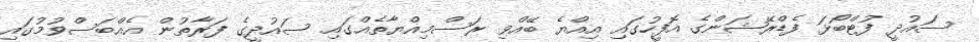
ސައުދީ ފުޓްބޯޅަ ފެޑްރޭޝަންގެ އޮފީހުގައި އިއްޔެ ބޭއްވި ރަސްމިއްޔާތެއްގައި ސައުދީގެ ފަރާތުން އެއްބަސްވުމުގައި